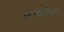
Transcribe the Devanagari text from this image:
सर्फीले